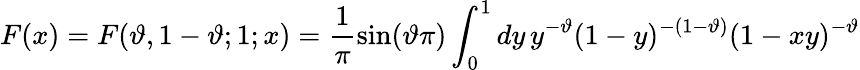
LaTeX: F(x)=F(\vartheta,1-\vartheta;1;x)=\frac{1}{\pi}\sin(\vartheta\pi)\int_{0}^{1}dy\, y^{-\vartheta}(1-y)^{-(1-\vartheta)}(1-xy)^{-\vartheta}